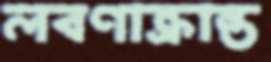
লবণাক্রান্ত